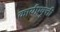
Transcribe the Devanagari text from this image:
कार्यप्रवृत्ती